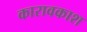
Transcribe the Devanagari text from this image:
कारावकाश